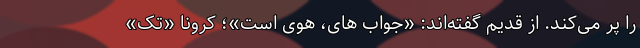
را پُر می‌کند. از قدیم گفته‌اند: «جواب‌ های، هوی است»؛ کرونا «تَک»